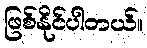
ဖြစ်နိုင်ပါတယ်။